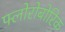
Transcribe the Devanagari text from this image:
फ्लोरोबोरिक